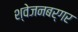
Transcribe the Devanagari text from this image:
श्‍वेजनबर्गर